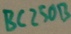
Text: BC250B